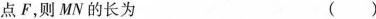
点 F，则MN的长为 ( )